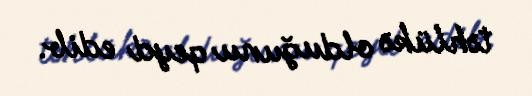
təhlükə olduğunu qeyd edib.